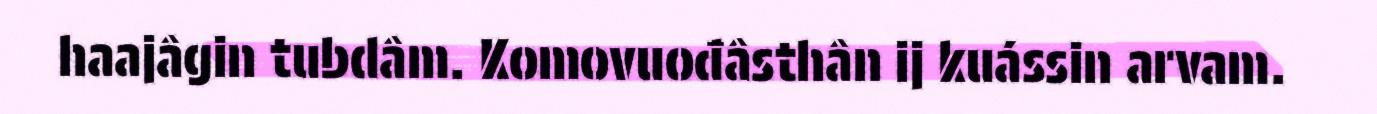
haajâgin tubdâm. Komovuođâsthân ij kuássin arvam.